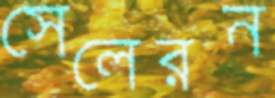
সেলেরন